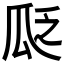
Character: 𬎣